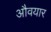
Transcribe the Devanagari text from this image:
औवयार